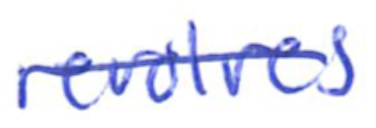
Text: revolves
Cross-out: single-line
Writing tool: ballpoint